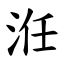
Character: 㳝